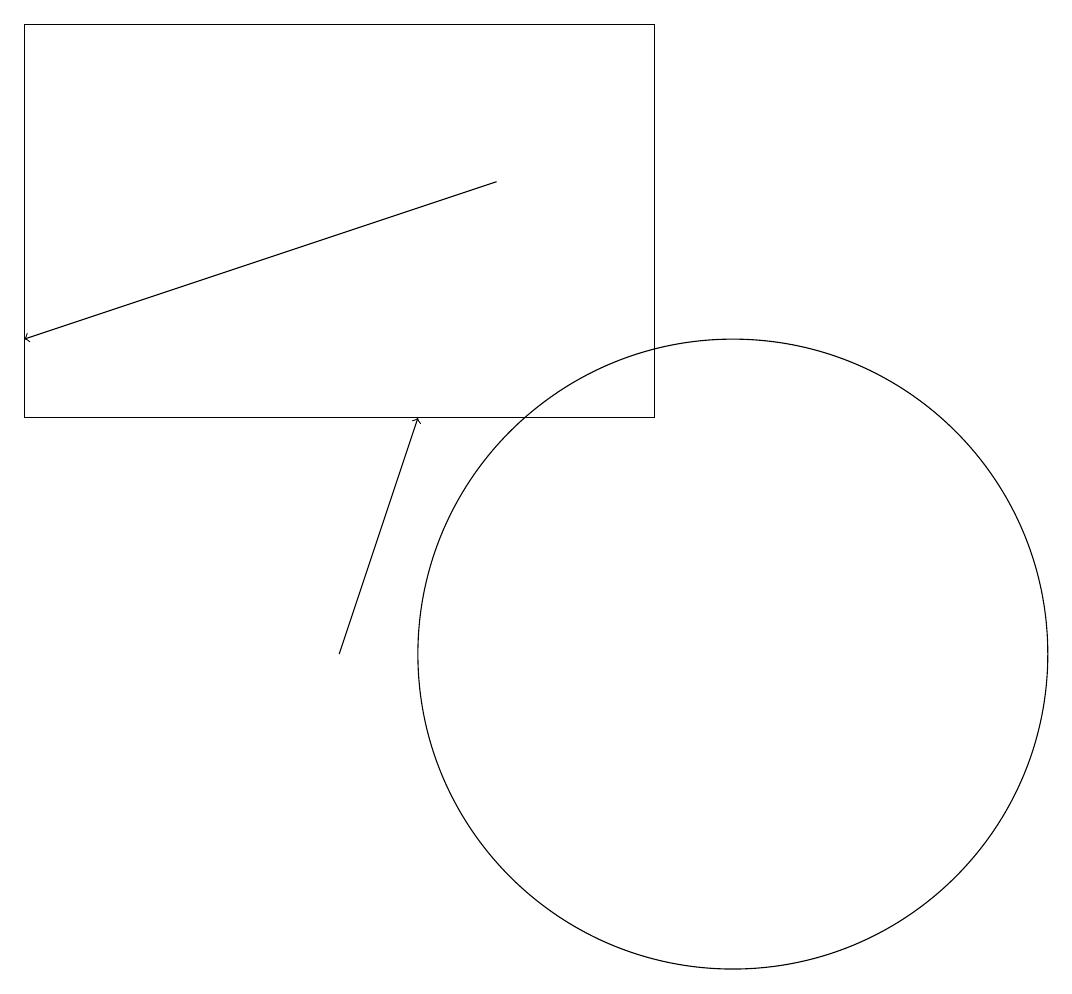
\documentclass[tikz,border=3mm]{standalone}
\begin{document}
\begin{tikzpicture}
\draw[->] (7,16) -- (1,14);
\draw[->] (5,10) -- (6,13);
\draw (9,13) rectangle (1,18);
\draw (10,10) circle (4);
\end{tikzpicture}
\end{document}